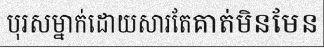
បុរសម្នាក់ដោយសារតែគាត់មិនមែន